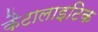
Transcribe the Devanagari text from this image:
कैटालाइटिक